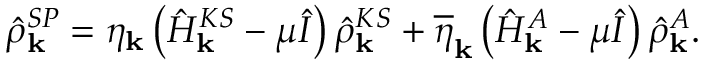
\hat { \rho } _ { \bf k } ^ { S P } = \eta _ { \bf k } \left( \hat { H } _ { \bf k } ^ { K S } - \mu \hat { I } \right) \hat { \rho } _ { \bf k } ^ { K S } + \overline { { \eta } } _ { \bf k } \left( \hat { H } _ { \bf k } ^ { A } - \mu \hat { I } \right) \hat { \rho } _ { \bf k } ^ { A } .